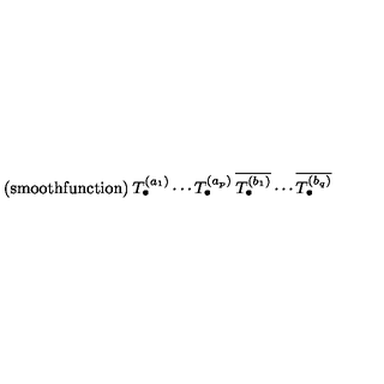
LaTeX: { \mathrm { ( s m o o t h f u n c t i o n ) } } \: T _ { \bullet } ^ { ( a _ { 1 } ) } \cdots T _ { \bullet } ^ { ( a _ { p } ) } \: \overline { { T _ { \bullet } ^ { ( b _ { 1 } ) } } } \cdots \overline { { T _ { \bullet } ^ { ( b _ { q } ) } } }